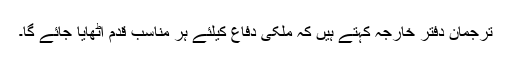
ترجمان دفتر خارجہ کہتے ہیں کہ ملکی دفاع کیلئے ہر مناسب قدم اٹھایا جائے گا۔